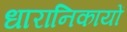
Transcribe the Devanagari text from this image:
धारानिकायों